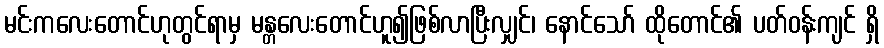
မင်းကလေးတောင်ဟုတွင်ရာမှ မန္တလေးတောင်ဟူ၍ဖြစ်လာပြီးလျှင်၊ နောင်သော် ထိုတောင်၏ ပတ်ဝန်းကျင် ရှိ